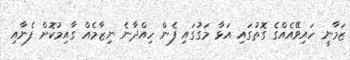
ޒަމާނީ ހައިވޭއެއްގެ ގޮތުގައި އަޅާ މަގުގައި ފެން ހިއްދާނެ ނިޒާމެއް ގާއިމުކޮށް ފެނާއި